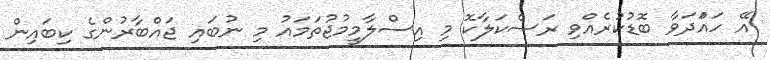
އޭ ހައްަދަވާ ބޮޑުކުރެއްވި ރަސްކަލާކޮ މި އިސްލާމީމުޖުތަމައު މި ނުބައި ޖައްބާރުންގެ ކިބައިން